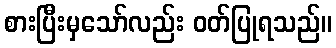
စားပြီးမှသော်လည်း ဝတ်ပြုရသည်။